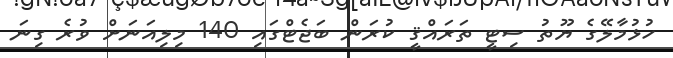
ހުޅުމާލޭގެ ޔޫތު ސިޓީ ތަރައްޤީ ކުރަން ބަޖެޓްގައި 140 މިލިއަނަށް ވުރެ ގިނަ